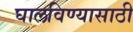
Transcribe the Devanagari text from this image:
घालविण्‍यासाठी